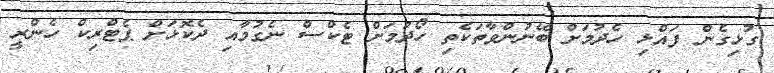
ގުޅިގެން ފައްޅި ހެދުމަށް ބޭނުންވާތަކެތި ހޯދުމަށް ޓެކްސް ނެގުމާއި ދެކޮޅަށް ޕެޓްރިކް ހެންރީ